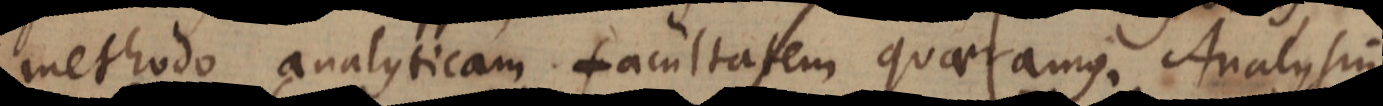
methodo analyticam facultatem quaeramus. Analysin